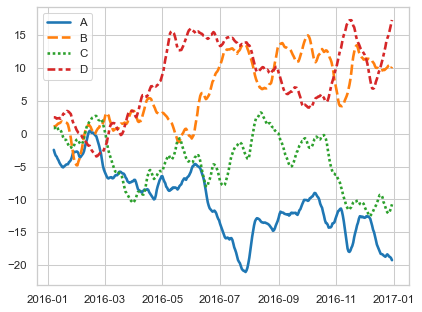
python, seaborn, lineplot